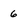
Character: 6